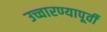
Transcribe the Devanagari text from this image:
उच्चारण्यापूर्वी